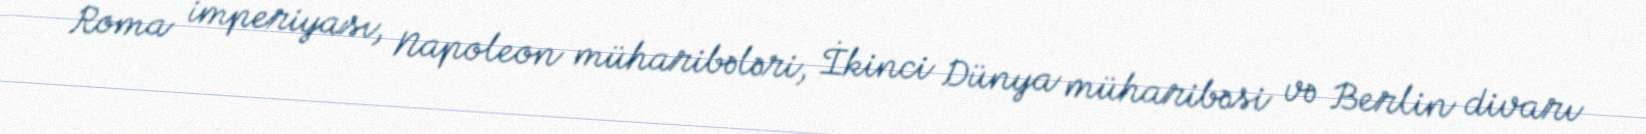
Roma imperiyası, Napoleon müharibələri, İkinci Dünya müharibəsi və Berlin divarı